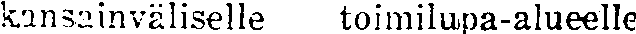
kansainväliselle toimilupa-alueelle